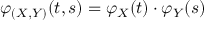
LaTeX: \varphi _ { ( X , Y ) } ( t , s ) = \varphi _ { X } ( t ) \cdot \varphi _ { Y } ( s )